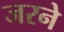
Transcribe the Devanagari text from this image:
जरने